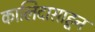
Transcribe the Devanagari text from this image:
कालिदासाहून